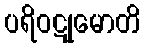
ပရိဝဋုမောတိ